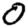
Digit: 0